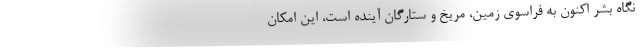
نگاه بشر اکنون به فراسوی زمین، مریخ و ستارگان آینده است، این امکان